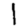
Digit: 1